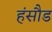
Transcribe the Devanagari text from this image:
हंसौड